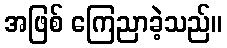
အဖြစ် ကြေညာခဲ့သည်။